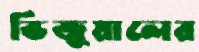
ভিজুয়ালের